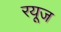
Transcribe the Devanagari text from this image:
रयूज